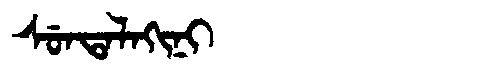
Manchu: ᠰᡠᠨᡨᠠᠯᠠᡴᡳᠨᡳ
Romanization: SUNTALAKINI